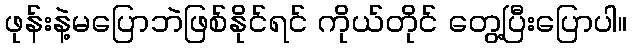
ဖုန်းနဲ့မပြောဘဲဖြစ်နိုင်ရင် ကိုယ်တိုင် တွေ့ပြီးပြောပါ။